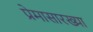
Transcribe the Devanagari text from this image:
प्रेमासारख्या